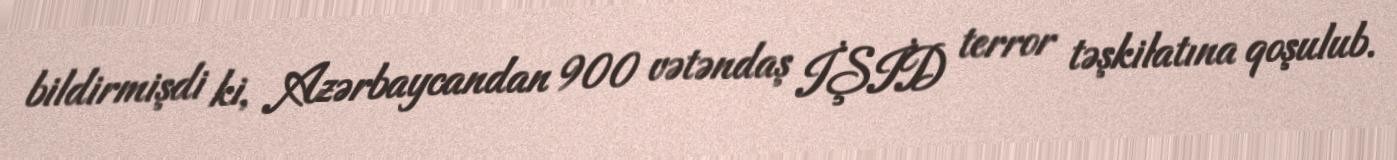
bildirmişdi ki, Azərbaycandan 900 vətəndaş İŞİD terror təşkilatına qoşulub.